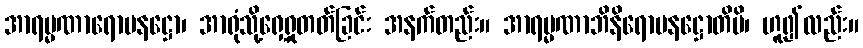
အာရမ္မဏာရောပနဋ္ဌော၊ အာရုံသို့ရှေ့ရှုတတ်ခြင်း အနက်တည်း။ အာရမ္မဏာဘိနိရောပနဋ္ဌောတိပိ၊ ဟူ၍လည်း။